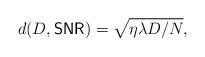
LaTeX: \begin{align*} d(D,{\sf SNR}) = \sqrt{\eta \lambda D/N} ,\end{align*}